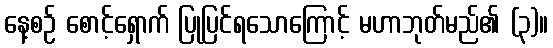
နေ့စဉ် စောင့်ရှောက် ပြုပြင်ရသောကြောင့် မဟာဘုတ်မည်၏ (၃)။